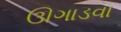
ઊગાડવા